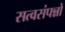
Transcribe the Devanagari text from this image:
सत्वसंपन्नों